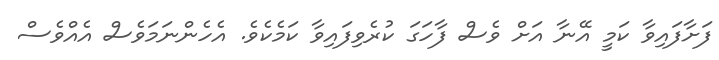
ފަށާފައިވާ ކަމީ އޭނާ އަށް ވެސް ފާހަގަ ކުރެވިފައިވާ ކަމެކެވެ. އެހެންނަމަވެސް އެއްވެސް